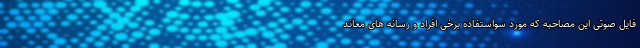
فایل صوتی این مصاحبه که مورد سواستفاده برخی افراد و رسانه های معاند